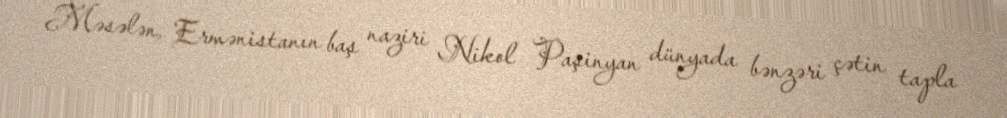
Məsələn, Ermənistanın baş naziri Nikol Paşinyan dünyada bənzəri çətin tapla